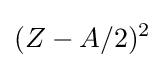
(Z-A/2)^{2}